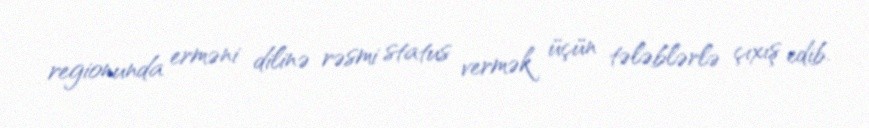
regionunda erməni dilinə rəsmi status vermək üçün tələblərlə çıxış edib.